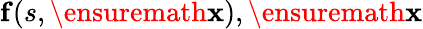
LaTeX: \mathbf{f}(s,\ensuremath{\mathbf{x}}),\ensuremath{\mathbf{x}}